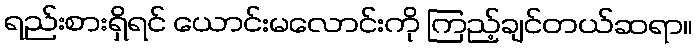
ရည်းစားရှိရင် ယောင်းမလောင်းကို ကြည့်ချင်တယ်ဆရာ။